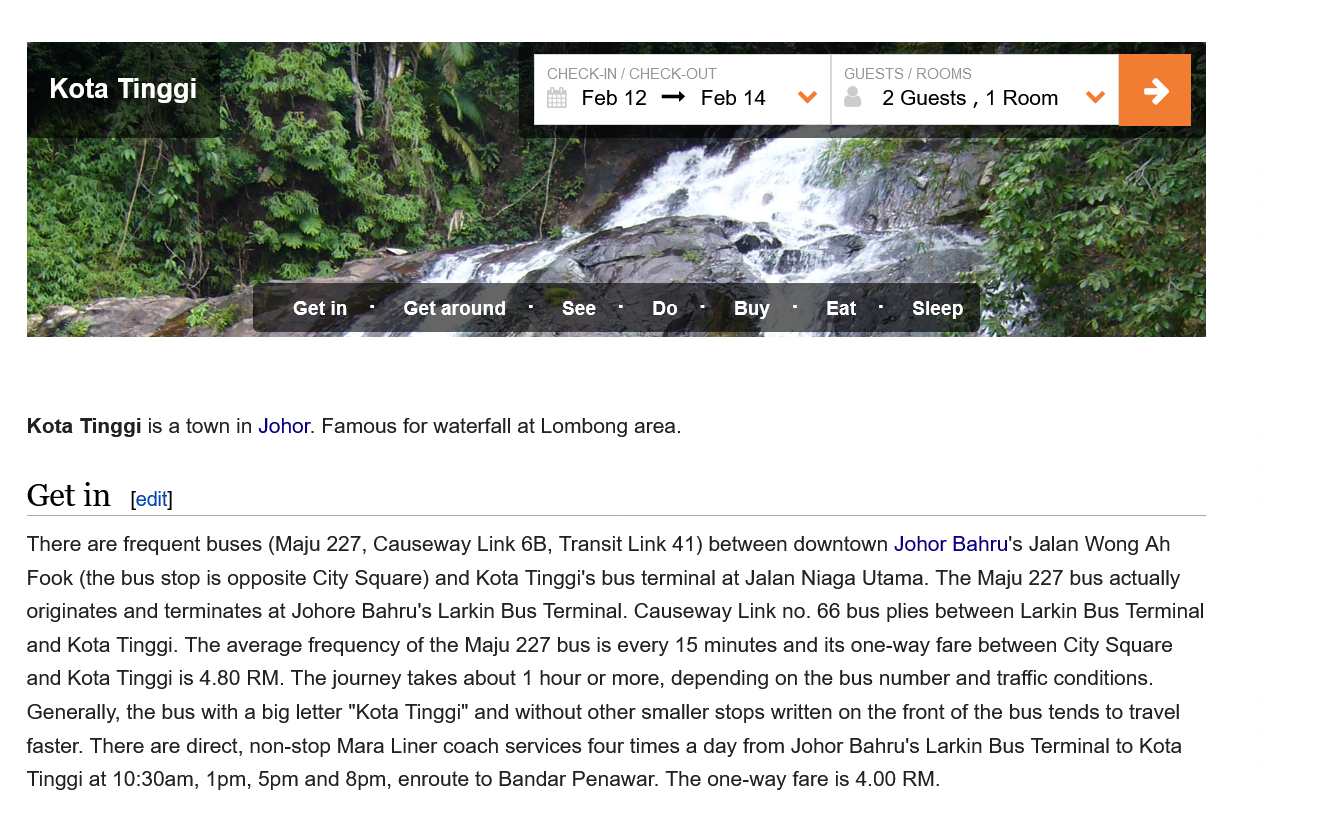
There are frequent buses (Maju 227, Causeway Link 6B, Transit Link 41) between downtown Johor Bahru's Jalan Wong Ah
   Fook (the bus stop is opposite City Square) and Kota Tinggi's bus terminal at Jalan Niaga Utama. The Maju 227 bus actually
   originates and terminates at Johore Bahru's Larkin Bus Terminal. Causeway Link no. 66 bus plies between Larkin Bus Terminal
   and Kota Tinggi. The average frequency of the Maju 227 bus is every 15 minutes and its one-way fare between City Square
   and Kota Tinggi is 4.80 RM. The journey takes about 1 hour or more, depending on the bus number and traffic conditions.
   Generally, the bus with a big letter "Kota Tinggi" and without other smaller stops written on the front of the bus tends to travel
   faster. There are direct, non-stop Mara Liner coach services four times a day from Johor Bahru's Larkin Bus Terminal to Kota
   Tinggi at 10:30am, 1pm, 5pm and 8pm, enroute to Bandar Penawar. The one-way fare is 4.00 RM.
     [edit]
     Sleep i= \9 [=i Get in
     Kota  Tinggi
     Get around    eT
   Get  in
   Kota Tinggi is a town in Johor. Famous for waterfall at Lombong area.
     Kota  Tinggi
     Get in

     00)
     Feb12  —   Feb14    Vv    2Guests,1  Room   VY